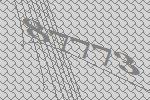
87773